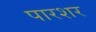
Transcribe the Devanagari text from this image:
पारशर